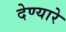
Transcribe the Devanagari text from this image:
देण्यारे